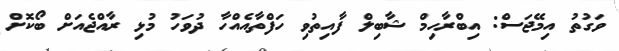
ވަގުތު އިމޭޖަސް: އިބްރާހިމް ޝާބިލް ފާއިތުވި ހަފްތާއެއްހާ ދުވަހު މުޅި ރާއްޖެއަށް ބޯކޮށް